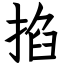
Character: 掐